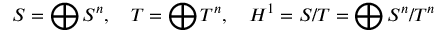
S = \bigoplus S ^ { n } , \quad T = \bigoplus T ^ { n } , \quad H ^ { 1 } = S / T = \bigoplus S ^ { n } / T ^ { n }